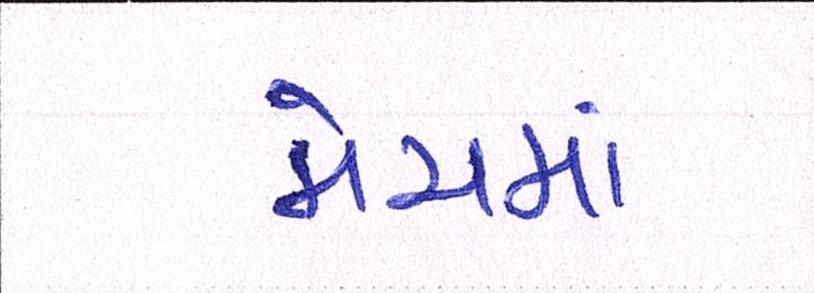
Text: મેચમાં